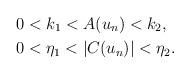
LaTeX: \begin{align*}&0<k_{1}<A(u_{n})<k_{2},\\&0<\eta_{1}<|C(u_{n})|<\eta_{2}.\end{align*}